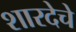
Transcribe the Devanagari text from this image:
शारदेचे